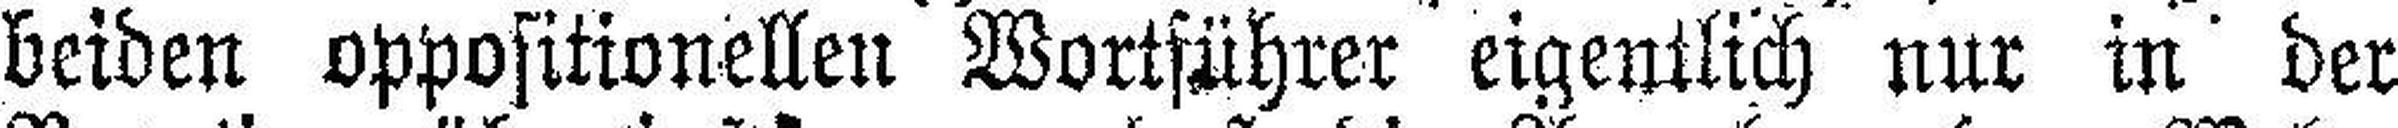
beiden oppositionellen Wortführer eigentlich nur in der